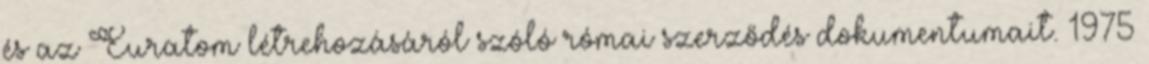
és az Euratom létrehozásáról szóló római szerződés dokumentumait. 1975